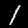
Label: 1